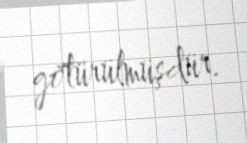
götürülmüşdür.